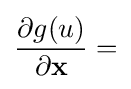
{\frac {\partial g(u)}{\partial \mathbf {x} }}=